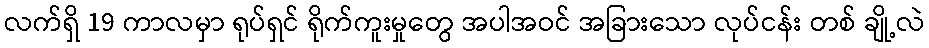
လက်ရှိ 19 ကာလမှာ ရုပ်ရှင် ရိုက်ကူးမှုတွေ အပါအဝင် အခြားသော လုပ်ငန်း တစ် ချို့လဲ